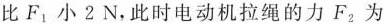
比F_{1}小2N，此时电动机拉绳的力F_{2}为